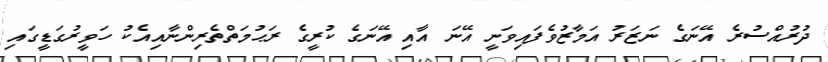
ދުރުއްސުރެ އޭނަގެ ނަޒަރު އަމާޒުވެފައިވަނީ އޭނަ އާއި އޭނަގެ ކުރީގެ ރަޙުމަތްތެރިންނާއިއެކު ހަވީރުގަޑީގައި